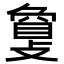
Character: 𢿌